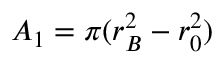
A _ { 1 } = \pi ( r _ { B } ^ { 2 } - r _ { 0 } ^ { 2 } )